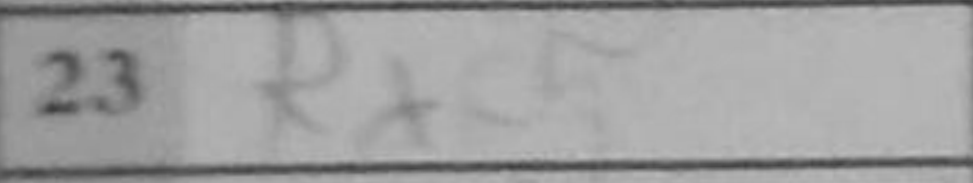
Transcription: Rxc5